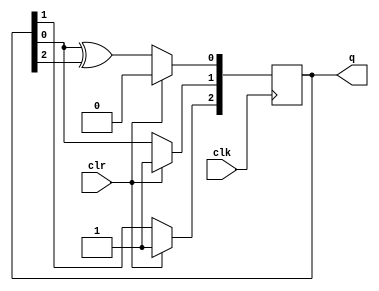
module LFSR(clk,clr,q);
input clk,clr;
output [3:1] q;
reg [3:1] q;

always@(posedge clk) begin
    if (clr==1'b1)
        q=3'b110;
    else begin
        q[1]<=q[1]^q[3];
        q[2]<=q[1];
        q[3]<=q[2];
    end
end

endmodule